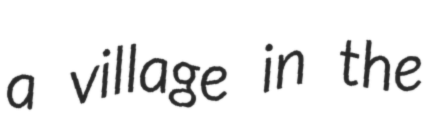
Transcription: a village in the